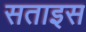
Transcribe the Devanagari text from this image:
सताइस